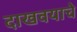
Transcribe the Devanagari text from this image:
दाखवयाचे